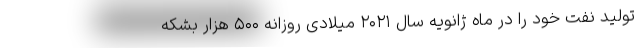
تولید نفت خود را در ماه ژانویه سال ۲۰۲۱ میلادی روزانه ۵۰۰ هزار بشکه